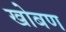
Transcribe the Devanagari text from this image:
खोबण